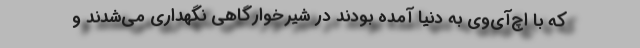
که با اچ‌آی‌وی به دنیا آمده بودند در شیرخوارگاهی نگهداری می‌شدند و